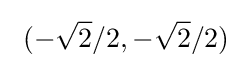
\ (-{\sqrt {2}}/2,-{\sqrt {2}}/2)~